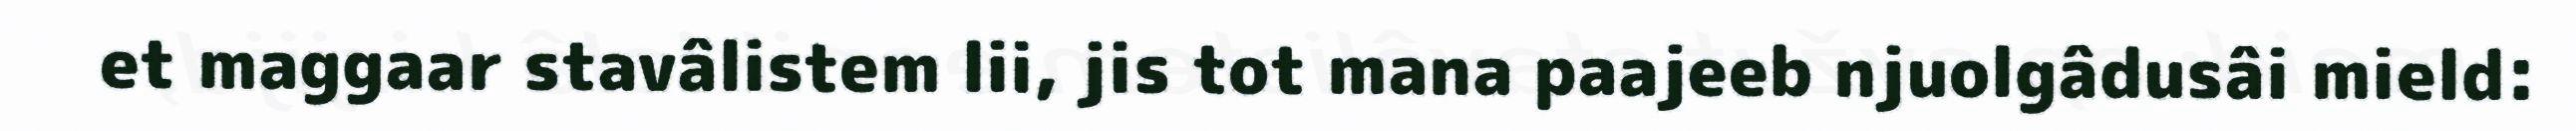
et maggaar stavâlistem lii, jis tot mana paajeeb njuolgâdusâi mield: